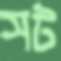
সট